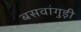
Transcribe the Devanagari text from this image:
बसवांगुड़ी